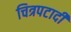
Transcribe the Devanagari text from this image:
चित्रपटादी